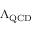
\Lambda _ { \mathrm { Q C D } }